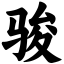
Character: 骏